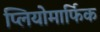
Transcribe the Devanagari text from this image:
प्लियोमार्फिक